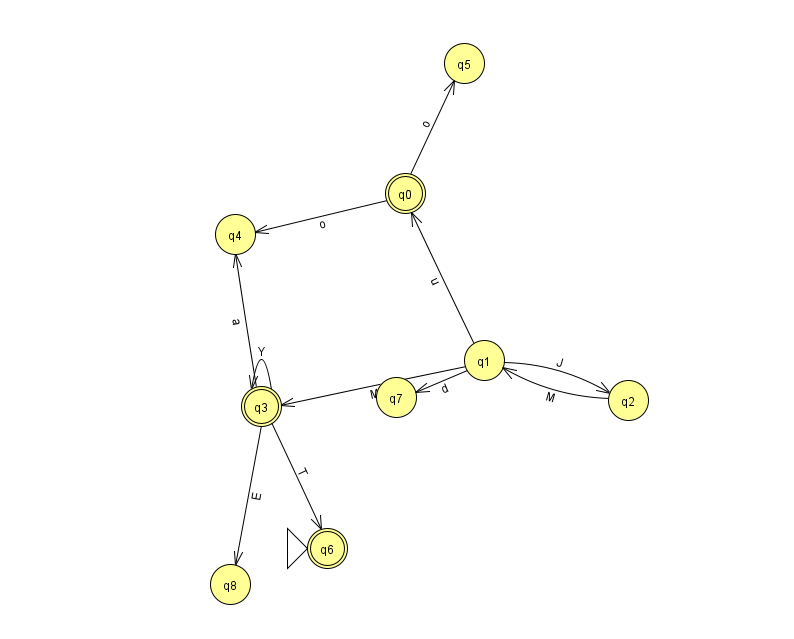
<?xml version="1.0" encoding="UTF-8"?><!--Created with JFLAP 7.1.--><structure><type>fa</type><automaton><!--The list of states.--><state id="0" name="q0"><x>405.0</x><y>180.0</y><final/></state><state id="1" name="q1"><x>484.0</x><y>347.0</y></state><state id="2" name="q2"><x>628.0</x><y>387.0</y></state><state id="3" name="q3"><x>261.0</x><y>393.0</y><final/></state><state id="4" name="q4"><x>235.0</x><y>221.0</y></state><state id="5" name="q5"><x>464.0</x><y>50.0</y></state><state id="6" name="q6"><x>327.0</x><y>535.0</y><initial/><final/></state><state id="7" name="q7"><x>396.0</x><y>384.0</y></state><state id="8" name="q8"><x>230.0</x><y>571.0</y></state><!--The list of transitions.--><transition><from>3</from><to>6</to><read>T</read></transition><transition><from>1</from><to>7</to><read>d</read></transition><transition><from>1</from><to>3</to><read>M</read></transition><transition><from>3</from><to>8</to><read>E</read></transition><transition><from>1</from><to>0</to><read>u</read></transition><transition><from>3</from><to>4</to><read>a</read></transition><transition><from>2</from><to>1</to><read>M</read></transition><transition><from>3</from><to>3</to><read>Y</read></transition><transition><from>0</from><to>4</to><read>o</read></transition><transition><from>0</from><to>5</to><read>o</read></transition><transition><from>1</from><to>2</to><read>J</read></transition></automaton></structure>